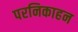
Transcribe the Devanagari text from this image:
परनिकाहन